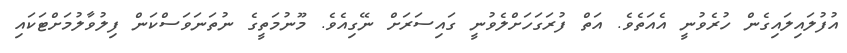
އުފުލައިލައިގެން ހުރެވުނީ އެއަތެވެ. އަތް ފުރަގަހަށްލެވުނީ ގައިސަރަށް ނޭގިއެވެ. މޫނުމަތީގެ ނުތަނަވަސްކަން ފިލުވާލުމަށްޓަކައި